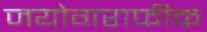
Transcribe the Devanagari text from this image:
जयोगराफीक